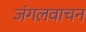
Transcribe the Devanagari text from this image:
जंगलवाचन